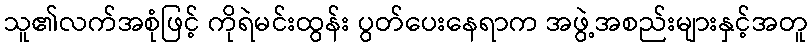
သူ၏လက်အစုံဖြင့် ကိုရဲမင်းထွန်း ပွတ်ပေးနေရာက အဖွဲ့အစည်းများနှင့်အတူ